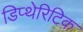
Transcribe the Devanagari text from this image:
डिप्थेरिटिक